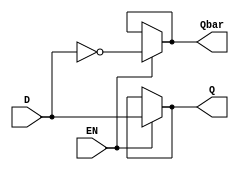
module D_Latch_dataflow(
  input D, EN,
  output Q, Qbar
);
  assign Q = EN ? D : Q;
  assign Qbar = EN ? ~D : Qbar;
endmodule